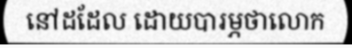
នៅដដែល ដោយបារម្ភថាលោក